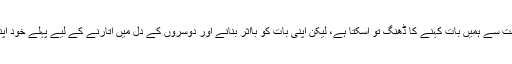
مطالعے، جستجو اور محنت سے ہمیں بات کہنے کا ڈھنگ تو آسکتا ہے، لیکن اپنی بات کو بااثر بنانے اور دوسروں کے دل میں اتارنے کے لیے پہلے خود اپنے دل میں اترنا پڑتا ہے۔